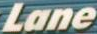
Lane